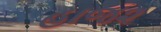
હાજ૨